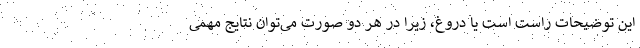
این توضیحات راست است یا دروغ، زیرا در هر دو صورت می‌توان نتایج مهمی